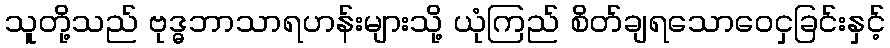
သူတို့သည် ဗုဒ္ဓဘာသာရဟန်းများသို့ ယုံကြည် စိတ်ချရသောဝေငှခြင်းနှင့်